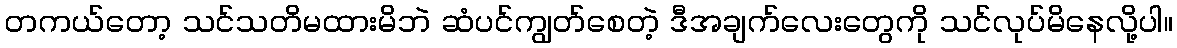
တကယ်တော့ သင်သတိမထားမိဘဲ ဆံပင်ကျွတ်စေတဲ့ ဒီအချက်လေးတွေကို သင်လုပ်မိနေလို့ပါ။